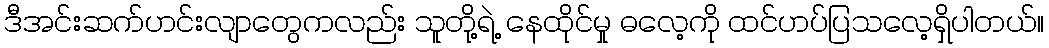
ဒီအင်းဆက်ဟင်းလျာတွေကလည်း သူတို့ရဲ့ နေထိုင်မှု ဓလေ့ကို ထင်ဟပ်ပြသလေ့ရှိပါတယ်။